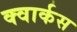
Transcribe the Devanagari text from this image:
क्वार्कस